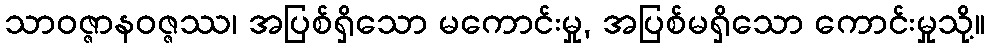
သာဝဇ္ဇာနဝဇ္ဇဿ၊ အပြစ်ရှိသော မကောင်းမှု, အပြစ်မရှိသော ကောင်းမှုသို့။